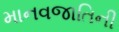
માનવજાતિની